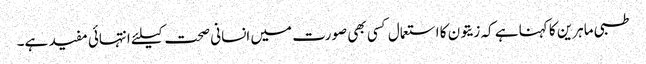
طبی ماہرین کا کہنا ہے کہ زیتون کا استعمال کسی بھی صورت میں انسانی صحت کیلئے انتہائی مفید ہے۔